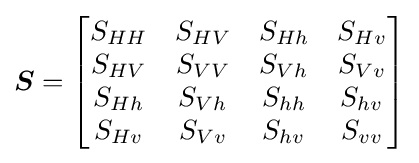
{\boldsymbol {S}}={\begin{bmatrix}S_{HH}&S_{HV}&S_{Hh}&S_{Hv}\\S_{HV}&S_{VV}&S_{Vh}&S_{Vv}\\S_{Hh}&S_{Vh}&S_{hh}&S_{hv}\\S_{Hv}&S_{Vv}&S_{hv}&S_{vv}\end{bmatrix}}